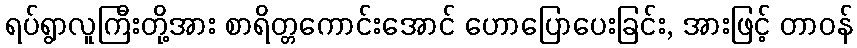
ရပ်ရွာလူကြီးတို့အား စာရိတ္တကောင်းအောင် ဟောပြောပေးခြင်း, အားဖြင့် တာဝန်